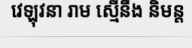
វេឡុវនា រាម ស្មើនឹង និមន្ត